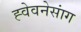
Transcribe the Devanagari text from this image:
ह्वेवनेसांग